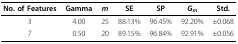
| No. of Features | Gamma | m | SE | SP | Gm | Std. |
 | --- | --- | --- | --- | --- | --- | --- |
 | 3 | 4.00 | 25 | 88.13% | 96.45% | 92.20% | ±0.068 |
 | 7 | 0.50 | 20 | 89.15% | 96.84% | 92.91% | ±0.056 |